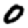
Digit: 0